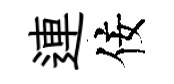
連佞